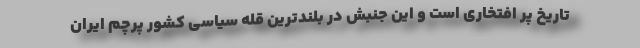
تاریخ پر افتخاری است و این جنبش در بلندترین قلّه سیاسی کشور پرچم ایران